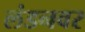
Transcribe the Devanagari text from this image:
लंडनवर